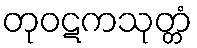
တုဝဋကသုတ္တံ